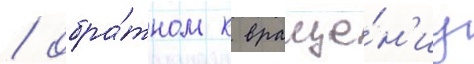
/ обра́тном к враще́н'иу